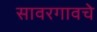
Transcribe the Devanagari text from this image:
सावरगावचे